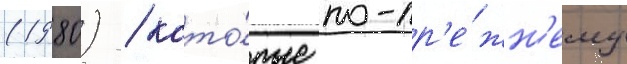
(1980) / кото́рые по-пр'е́жн'ему